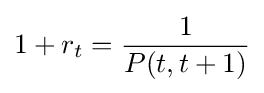
1+r_{t}={\frac {1}{P(t,t+1)}}